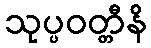
သုပ္ပဝတ္တီနိ